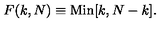
F ( k , N ) \equiv \mathrm { M i n } [ k , N - k ] .